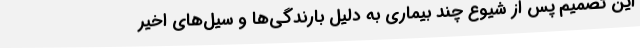
این تصمیم پس از شیوع چند بیماری به دلیل بارندگی‌ها و سیل‌های اخیر